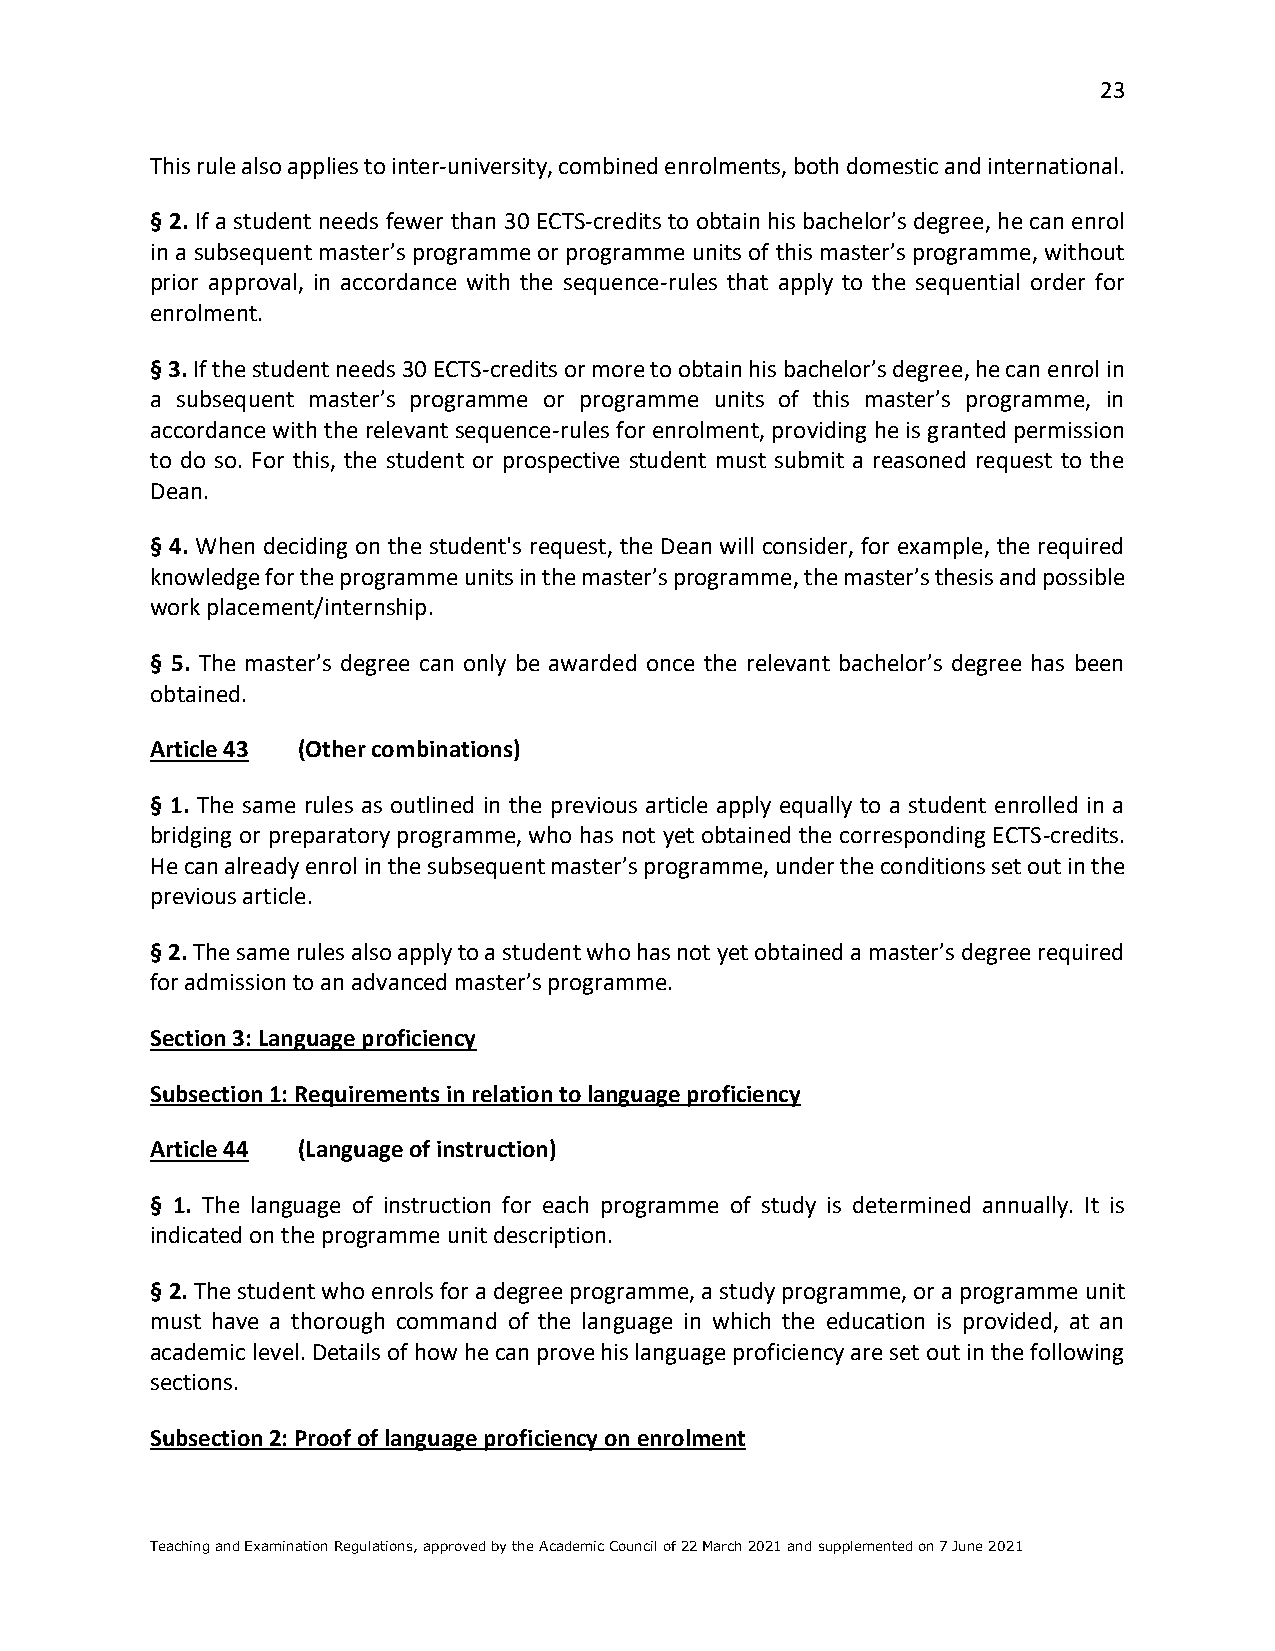
23
 This rule also applies to inter-university, combined enrolments, both domestic and international.
 § 2. If a student needs fewer than 30 ECTS-credits to obtain his bachelor’s degree, he can enrol
 in a subsequent master’s programme or programme units of this master’s programme, without
 prior approval, in accordance with the sequence-rules that apply to the sequential order for
 enrolment.
 § 3. If the student needs 30 ECTS-credits or more to obtain his bachelor’s degree, he can enrol in
 a subsequent master’s programme or programme units of this master’s programme, in
 accordance with the relevant sequence-rules for enrolment, providing he is granted permission
 to do so. For this, the student or prospective student must submit a reasoned request to the
 Dean.
 § 4. When deciding on the student's request, the Dean will consider, for example, the required
 knowledge for the programme units in the master’s programme, the master’s thesis and possible
 work placement/internship.
 § 5. The master’s degree can only be awarded once the relevant bachelor’s degree has been
 obtained.
 Article 43 (Other combinations)
 § 1. The same rules as outlined in the previous article apply equally to a student enrolled in a
 bridging or preparatory programme, who has not yet obtained the corresponding ECTS-credits.
 He can already enrol in the subsequent master’s programme, under the conditions set out in the
 previous article.
 § 2. The same rules also apply to a student who has not yet obtained a master’s degree required
 for admission to an advanced master’s programme.
 Section 3: Language proficiency
 Subsection 1: Requirements in relation to language proficiency
 Article 44 (Language of instruction)
 § 1. The language of instruction for each programme of study is determined annually. It is
 indicated on the programme unit description.
 § 2. The student who enrols for a degree programme, a study programme, or a programme unit
 must have a thorough command of the language in which the education is provided, at an
 academic level. Details of how he can prove his language proficiency are set out in the following
 sections.
 Subsection 2: Proof of language proficiency on enrolment
 Teaching and Examination Regulations, approved by the Academic Council of 22 March 2021 and supplemented on 7 June 2021